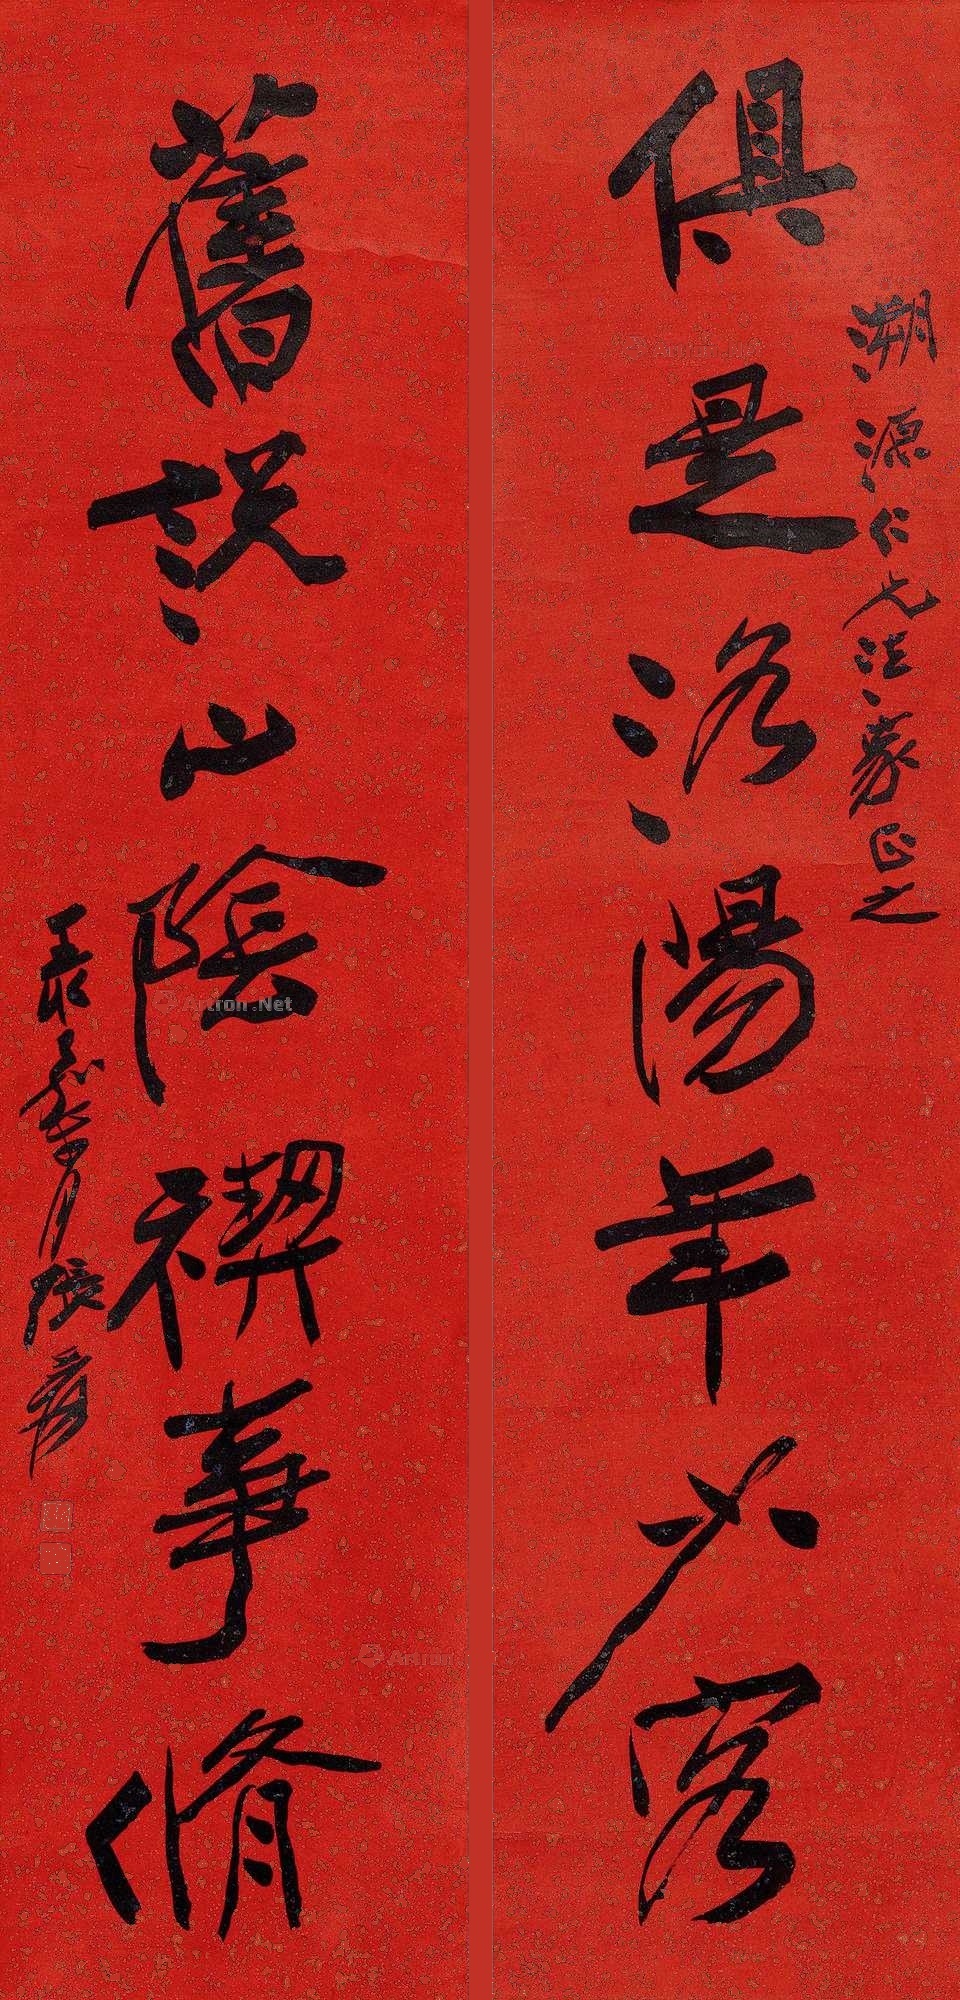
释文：俱是洛阳年少客，旧说山阴禊事修。溯源仁兄法家正之,丁亥嘉平月张爰。